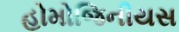
હોમોજિનીયસ